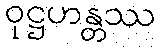
ဝုဋ္ဌဟန္တဿ